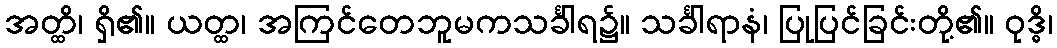
အတ္ထိ၊ ရှိ၏။ ယတ္ထ၊ အကြင်တေဘူမကသင်္ခါရ၌။ သင်္ခါရာနံ၊ ပြုပြင်ခြင်းတို့၏။ ဝုဒ္ဓိ၊